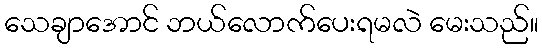
သေချာအောင် ဘယ်လောက်ပေးရမလဲ မေးသည်။